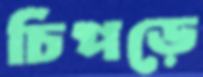
চিপড়ে